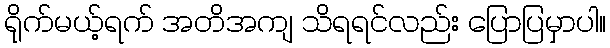
ရိုက်မယ့်ရက် အတိအကျ သိရရင်လည်း ပြောပြမှာပါ။